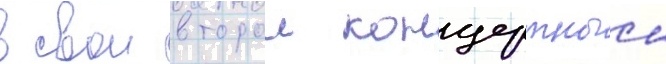
в свои второи концертныи